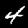
Label: 4